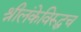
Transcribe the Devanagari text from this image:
श्रीलंकेविरूद्धच